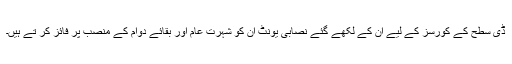
ڈی سطح کے کورسز کے لیے ان کے لکھے گئے نصابی یونٹ ان کو شہرت عام اور بقائے دوام کے منصب پر فائز کر تے ہیں۔